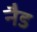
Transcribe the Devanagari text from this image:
नैड